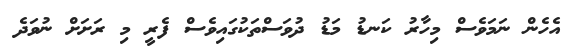
އެހެން ނަމަވެސް މިހާރު ކަނޑު މަޑު ދުވަސްތަކުގައިވެސް ފެރީ މި ރަށަށް ނުވަދެ